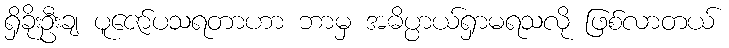
ရှိခိုးဦးချ ပူဇော်ပသရတာဟာ ဘာမှ အဓိပ္ပာယ်ရှာမရသလို ဖြစ်လာတယ်